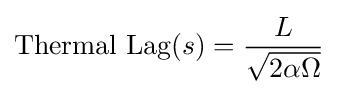
{\text{Thermal Lag}}(s)={L \over {\sqrt {2\alpha \Omega }}}